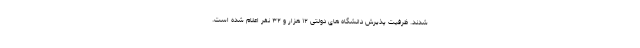
شدند. ظرفیت پذیرش دانشگاه های دولتی ۱۲ هزار و ۳۲ نفر اعلام شده است.